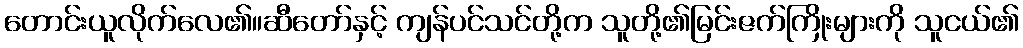
တောင်းယူလိုက်လေ၏။ဆီတော်နှင့် ကျန်ပင်သင်တို့က သူတို့၏မြင်းဇက်ကြိုးများကို သူငယ်၏